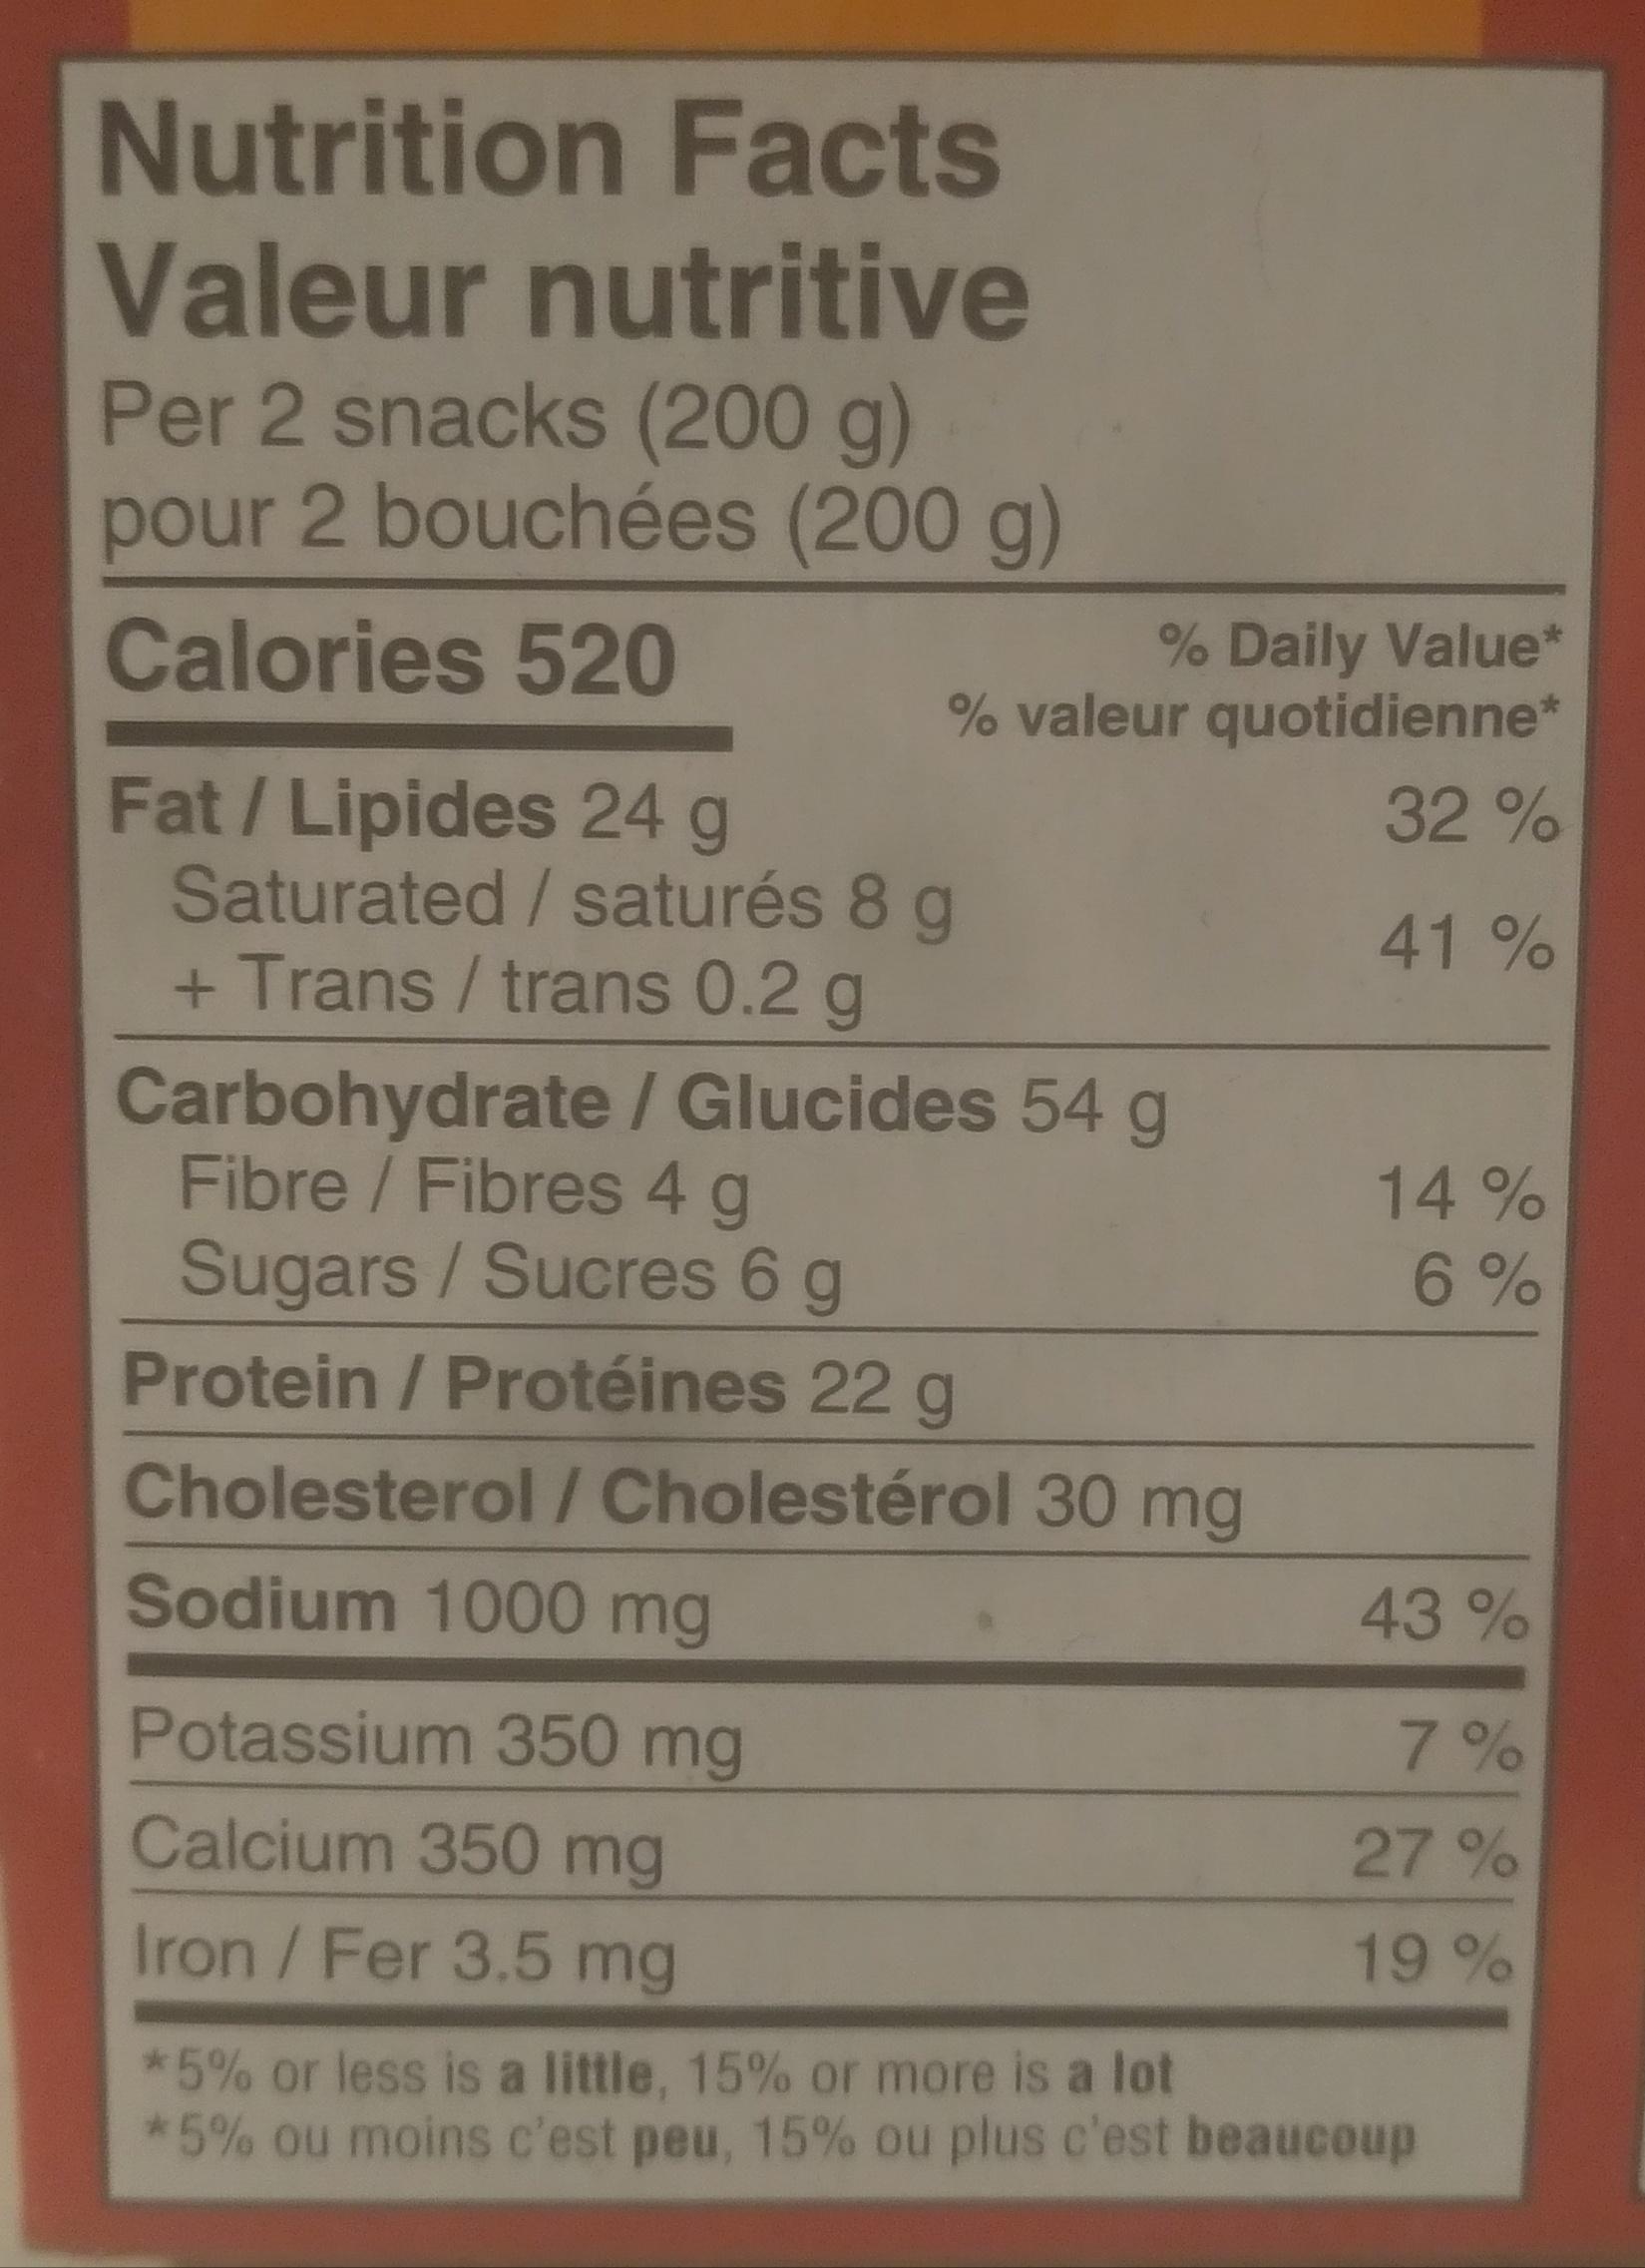
Nutrition Facts Valeur nutritive Per 2 snacks (200 g) pour 2 bouchées (200 g)
Calories 520
% Daily Value* % valeur quotidienne*
32%
41%
Fat/Lipides 24 g
Saturated / saturés 8 g + Trans / trans 0.2 g
Carbohydrate / Glucides 54 g
Fibre / Fibres 4 g Sugars / Sucres 6 g
Protein / Protéines 22 g
Cholesterol / Cholestérol 30 mg
Sodium 1000 mg
Potassium 350 mg
Calcium 350 mg
Iron / Fer 3.5 mg
14%
6%
43 %
7%
27%
19%
*5% or less is a little, 15% or more is a lot
*5% ou moins c'est peu, 15% ou plus c'est beaucoup